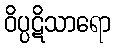
ဝိပ္ပဋိသာရော